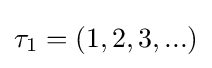
\tau _{1}=(1,2,3,...)